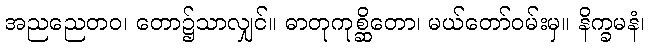
အညညေတဝ၊ တော၌သာလျှင်။ ဓာတုကုစ္ဆိတော၊ မယ်တော်ဝမ်းမှ။ နိက္ခမနံ၊